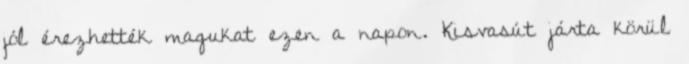
jól érezhették magukat ezen a napon. Kisvasút járta körül